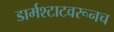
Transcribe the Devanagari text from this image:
डार्मश्टाटवरूनच